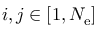
i , j \in [ 1 , N _ { \mathrm { e } } ]